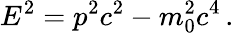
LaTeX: E^{2}=p^{2}c^{2}-m_{0}^{2}c^{4}\, .